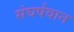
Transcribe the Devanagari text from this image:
संघर्षवान